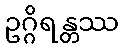
ဥဂ္ဂိရန္တဿ